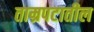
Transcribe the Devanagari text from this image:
ताम्रपटातील